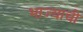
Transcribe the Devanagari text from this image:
भाज्याची